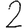
Digit: 2